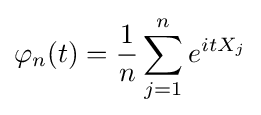
\varphi _{n}(t)={\frac {1}{n}}\sum _{j=1}^{n}e^{itX_{j}}